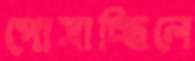
পোষাচ্ছিলে